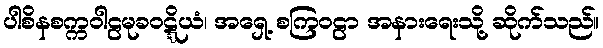
ပါစိနစက္ကဝါဠမုခဝဋ္ဋိယံ၊ အရှေ့ စကြဝဠာ အနားရေးသို့ ဆိုက်သည်။